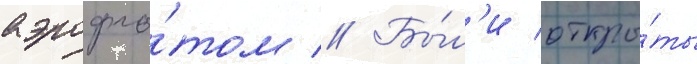
аэрофло́том // Бы́л'и откры́ты